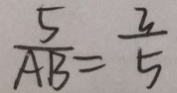
\frac { 5 } { A B } = \frac { 3 } { 5 }